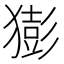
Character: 𤡭